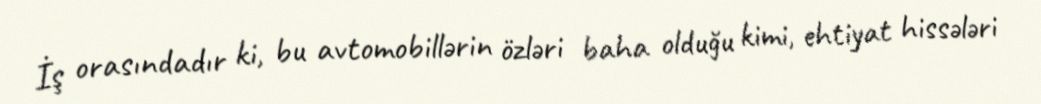
İş orasındadır ki, bu avtomobillərin özləri baha olduğu kimi, ehtiyat hissələri